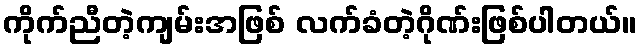
ကိုက်ညီတဲ့ကျမ်းအဖြစ် လက်ခံတဲ့ဂိုဏ်းဖြစ်ပါတယ်။